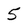
Character: 5